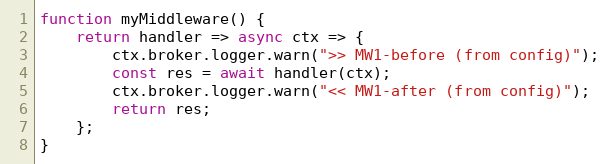
Language: JavaScript
function myMiddleware() {
	return handler => async ctx => {
		ctx.broker.logger.warn(">> MW1-before (from config)");
		const res = await handler(ctx);
		ctx.broker.logger.warn("<< MW1-after (from config)");
		return res;
	};
}